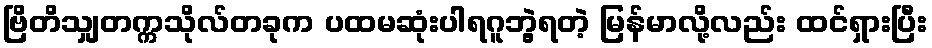
ဗြိတိသျှတက္ကသိုလ်တခုက ပထမဆုံးပါရဂူဘွဲ့ရတဲ့ မြန်မာလို့လည်း ထင်ရှားပြီး